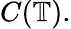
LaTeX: C(\mathbb{T}).